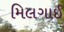
મિલગાઈ